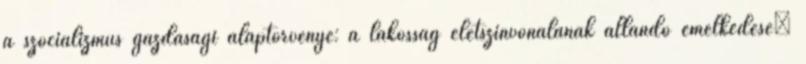
a szocializmus gazdasági alaptörvénye: a lakosság életszínvonalának állandó emelkedése”